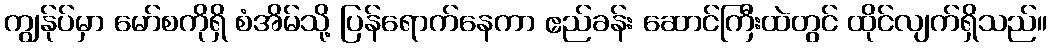
ကျွန်ုပ်မှာ မော်စကိုရှိ စံအိမ်သို့ ပြန်ရောက်နေကာ ဧည်ခန်း ဆောင်ကြီးထဲတွင် ထိုင်လျက်ရှိသည်။